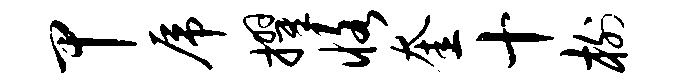
甲虎擢恪奎十榭